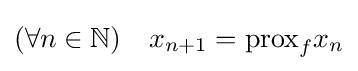
(\forall n\in \mathbb {N} )\quad x_{n+1}={\text{prox}}_{f}x_{n}